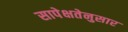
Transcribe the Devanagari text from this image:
सापेक्षतेनुसार